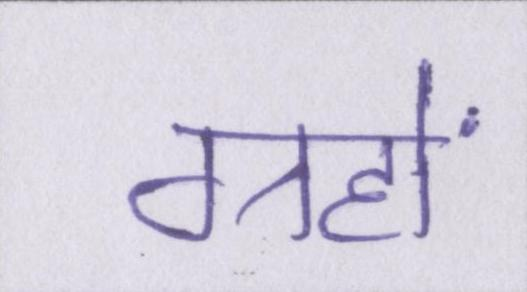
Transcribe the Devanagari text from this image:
ग्रहों